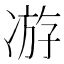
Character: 𭂗